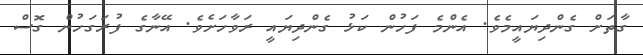
ގާތަށް ގެންދިޔައީމެވެ. އެންމެ ފަހުން ކަޅު ގެންދިޔައީ ރަވާހަށެވެ. އޭނާގެ ފުރަގަހުން ގޮސް